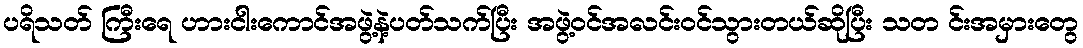
ပရိသတ် ကြီးရေ ဟားငါးကောင်အဖွဲ့နဲ့ပတ်သက်ပြီး အဖွဲ့ဝင်အလင်းဝင်သွားတယ်ဆိုပြီး သတ င်းအမှားတွေ